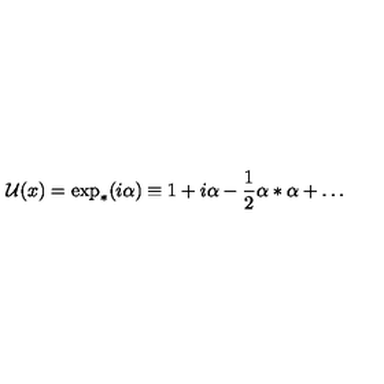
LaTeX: { \cal U } ( x ) = \exp _ { * } ( i \alpha ) \equiv 1 + i \alpha - \frac { 1 } { 2 } \alpha * \alpha + \ldots